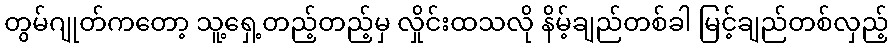
တွမ်ဂျုတ်ကတော့ သူ့ရှေ့တည့်တည့်မှ လှိုင်းထသလို နိမ့်ချည်တစ်ခါ မြင့်ချည်တစ်လှည့်